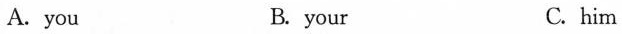
A.you B.your C. him